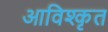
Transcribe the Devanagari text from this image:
आविश्कृत